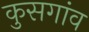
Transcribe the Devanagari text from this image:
कुसगांव